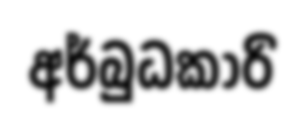
අර්බුධකාරි